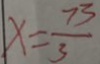
x = \frac { 7 3 } { 3 }